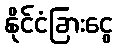
နိုင်ငံခြားငွေ